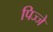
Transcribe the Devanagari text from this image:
पिज्जे